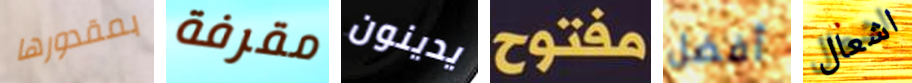
بمقدورها مقرفة يدينون مفتوح أفضل اشعال